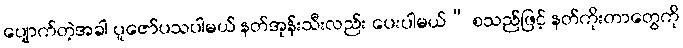
ပျောက်တဲ့အခါ ပူဇော်ပသပါမယ် နတ်အုန်းသီးလည်း ပေးပါမယ်” စသည်ဖြင့် နတ်ကိုးတာတွေကို